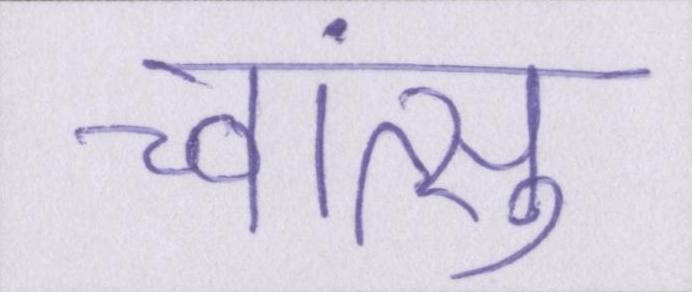
च्वांत्सु